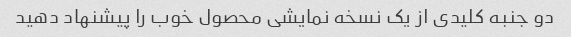
دو جنبه کلیدی از یک نسخه نمایشی محصول خوب را پیشنهاد دهید